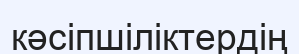
кәсіпшіліктердің